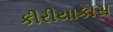
કીરીયાકોસ